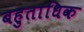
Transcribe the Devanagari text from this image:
बहुताधिक